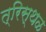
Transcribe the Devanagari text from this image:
त्रिस्थळ